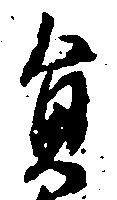
員